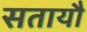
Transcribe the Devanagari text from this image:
सतायौ